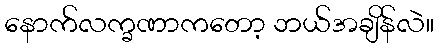
နောက်လက္ခဏာကတော့ ဘယ်အချိန်လဲ။